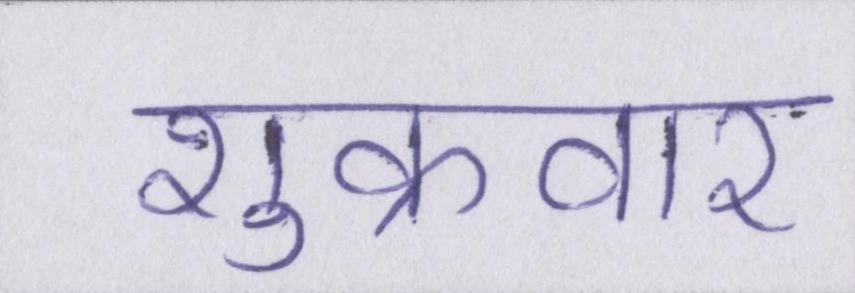
शुक्रवार